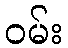
ဝမ်း